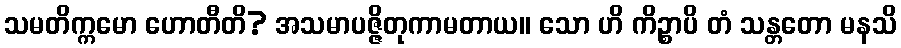
သမတိက္ကမော ဟောတီတိ? အသမာပဇ္ဇိတုကာမတာယ။ သော ဟိ ကိဉ္စာပိ တံ သန္တတော မနသိ